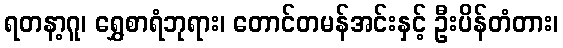
ရတနာ့ဂူ၊ ရွှေစာရံဘုရား၊ တောင်တမန်အင်းနှင့် ဦးပိန်တံတား၊